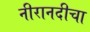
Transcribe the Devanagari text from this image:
नीरानदीचा